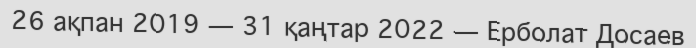
26 ақпан 2019 — 31 қаңтар 2022 — Ерболат Досаев